[Report on the health of British troops in the Madras command]
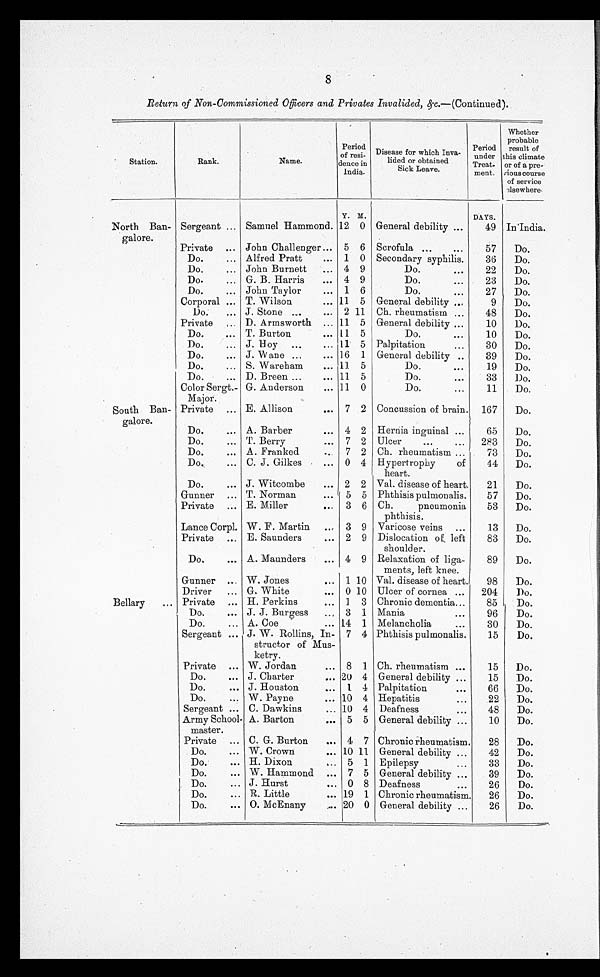
8
Return of Non-Commissioned Officers and Privates Invalided, &c.—( Continued ).
Station.
Rank.
Name.
Period
of resi-
dente in
India.
Disease for which Inva-
lided or obtained
Sick Leave.
Period
under this
Treat.
ment.
Whether
probable
result of
climate
or of a pre-
vious course
of service
elsewhere
Y. M.
DAYS.
North Ban-
galore.
Sergeant. ... Samuel Hammond. 12 0 General debility ...
49 In India.
Private ... John Challenger ... 5 6 Scrofula ...
. . .
57
Do.
Do.
... Alfred Pratt
... 1 0 Secondary syphilis.
36
Do.
Do.
... John Burnett
... 4 9
Do.
...
22
Do.
Do.
... G. B. Harris
... 4 9
Do.
. . .
23
Do.
Do.
... John Taylor
... 1 6
Do.
...
27
Do.
Corporal ... T. Wilson
... 11 5 General debility ...
9
Do.
Do.
... J. Stone ...
... 2
1 1 Ch. rheumatism ...
48
Do.
Private
. . . D. Armsworth ... 11 5 General debility ...
10
Do.
Do.
... T. Burton
... 11 5
Do.
. . .
10
Do.
Do.
... J. Hoy ...
... 11 5 Palpitation
...
30
Do.
Do.
... J. Wane ...
... 16 1 General debility ...
39
Do.
Do.
... S. Wareham
... 11 5
Do.
. . .
19
Do.
Do.
... D. Breen ...
... 11 5
Do.
...
33
Do.
Color Sergt.
Major.
G. Anderson
... 11 0
Do.
...
11
Do.
South Ban-
galore.
Private ... E. Allison
... 7 2 Concussion of brain. 167
Do.
Do.
... A. Barber
... 4 2 Hernia inguinal ...
65
Do.
Do.
... T. Berry
... 7 2 Ulcer
...
...
283
Do.
Do.
... A. Franked
7 2 Ch. rheumatism ...
73
Do.
Do.
... C. J. Gilkes
... 0 4 Hypertrophy
of
heart.
44
Do.
Do.
... J. Witcombe
... 2 2 Val. disease of heart.
21
Do.
Gunner ... T. Norman
... 5 5 Phthisis pulmonalis.
57
Do.
Private ... E. Miller
. . . 3 6 Ch.
pneumonia
53
Do.
Lance Corpl. W. F. Martin
. . . 3 9
phthisis.
Varicose veins ...
13
Do.
Private ... E. Saunders
... 2 9 Dislocation of, left
shoulder.
83
Do.
Do.
... A. Maunders
... 4 9 Relaxation of liga-
ments, left knee.
89
Do.
Gunner ... W. Jones
... 1 10 Val. disease of heart.
98
Do.
Driver
... G. White
... 0 10 Ulcer of cornea ...
204
Do.
Bellary
... Private ... H. Perkins
... 1 3 Chronic dementia...
85
Do.
Do.
... J. J. Burgess
... 3 1 Mania
...
96
Do.
Do.
... A. Coe
... 14 1 Melancholia
...
30
Do.
Sergeant ... J. W. Rollins, In-
structor of Mus-
ketry.
7 4 Phthisis pulmonalis.
15
Do.
Private ... W. Jordan
... 8 1 Ch. rheumatism ...
15
Do.
Do.
... J. Charter
... 20 4 General debility ...
15
Do.
Do.
... J. Houston
... 1 4 Palpitation
...
66
Do.
Do.
... W. Payne
... 10 4 Hepatitis
...
22
Do.
Sergeant ... C. Dawkins
. . . 10 4 Deafness
...
48
Do.
Army School-
master.
A. Barton
... 5 5 General debility ...
10
Do.
Private ... C. G. Burton
... 4 7 Chronic rheumatism.
28
Do.
Do.
... W. Crown
... 10 11 General debility ...
42
Do.
Do.
... H. Dixon
... 5 1 Epilepsy
...
33
Do.
Do.
... W. Hammond ... 7 5 General debility ...
39
Do.
Do.
... J. Hurst
... 0 8 Deafness
...
26
Do.
Do.
... R. Little
... 19 1 Chronic rheumatism.
26
Do.
Do.
...
O. McEnany
... 20 0 General debility ...
26
Do.